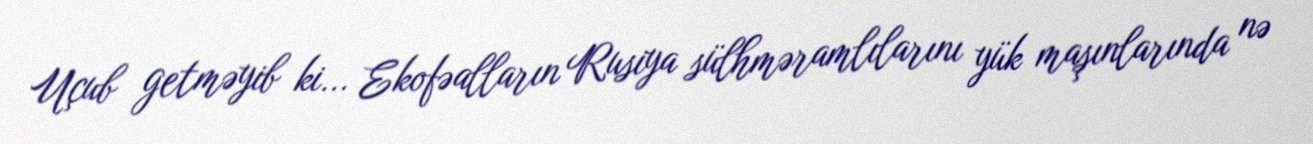
Uçub getməyib ki... Ekofəalların Rusiya sülhməramlılarını yük maşınlarında nə